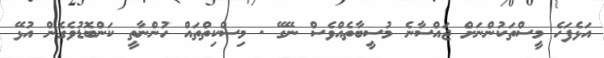
އަޅެފަހެ މީސްތަކުންނަށް ޖައްސާނެ މުސީބާތެއްވެސް ނޭގޭ . މިސްކިތްތައް ހުންނާތީ ކަންބޮޑުވެގެން އުޅޭ